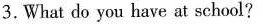
3.What do you have at school?